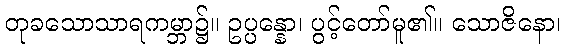
တုခသောသာရကမ္ဘာ၌။ ဥပ္ပန္နော၊ ပွင့်တော်မူ၏။ သောဇိနော၊